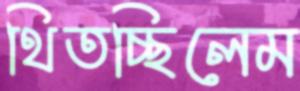
থিতচ্ছিলেম